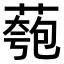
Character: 𫉌